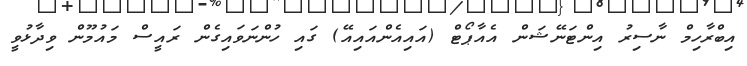
އިބްރާހިމް ނާސިރު އިންޓަނޭޝަން އެއާޕޯޓް (އައިއެންއައިއޭ) ގައި ހުންނަވައިގެން ރައީސް މައުމޫން ވިދާޅުވީ